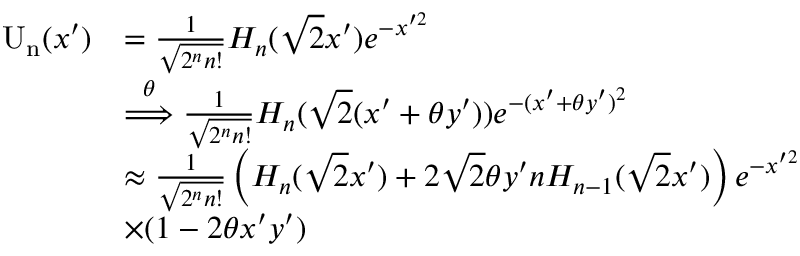
\begin{array} { r l } { \mathrm { U _ { n } } ( x ^ { \prime } ) } & { = \frac { 1 } { \sqrt { 2 ^ { n } n ! } } H _ { n } ( \sqrt { 2 } x ^ { \prime } ) e ^ { - x ^ { \prime 2 } } } \\ & { \overset { \theta } { \Longrightarrow } \frac { 1 } { \sqrt { 2 ^ { n } n ! } } H _ { n } ( \sqrt { 2 } ( x ^ { \prime } + \theta y ^ { \prime } ) ) e ^ { - ( x ^ { \prime } + \theta y ^ { \prime } ) ^ { 2 } } } \\ & { \approx \frac { 1 } { \sqrt { 2 ^ { n } n ! } } \left( H _ { n } ( \sqrt { 2 } x ^ { \prime } ) + 2 \sqrt { 2 } \theta y ^ { \prime } n H _ { n - 1 } ( \sqrt { 2 } x ^ { \prime } ) \right) e ^ { - x ^ { \prime 2 } } } \\ & { \times ( 1 - 2 \theta x ^ { \prime } y ^ { \prime } ) } \end{array}